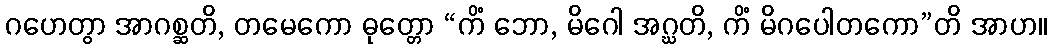
ဂဟေတွာ အာဂစ္ဆတိ, တမေကော ဓုတ္တော “ကိံ ဘော, မိဂေါ အဂ္ဃတိ, ကိံ မိဂပေါတကော”တိ အာဟ။